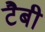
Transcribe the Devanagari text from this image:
टैबी